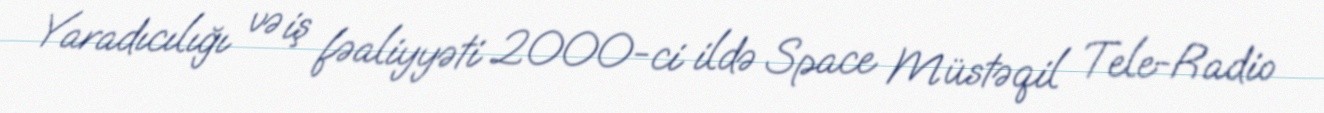
Yaradıcılığı və iş fəaliyyəti 2000-ci ildə Space Müstəqil Tele-Radio